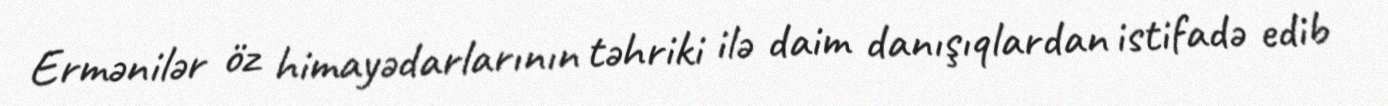
Ermənilər öz himayədarlarının təhriki ilə daim danışıqlardan istifadə edib